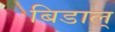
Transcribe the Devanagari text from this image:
बिडाल्